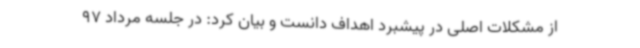
از مشکلات اصلی در پیشبرد اهداف دانست و بیان کرد: در جلسه مرداد 97